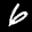
Label: 6